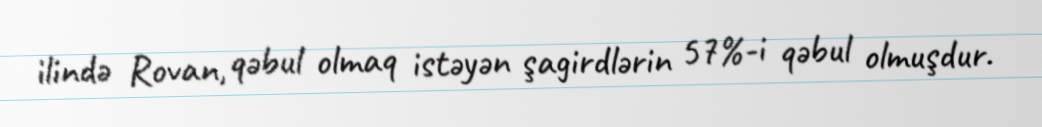
ilində Rovan, qəbul olmaq istəyən şagirdlərin 57%-i qəbul olmuşdur.